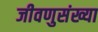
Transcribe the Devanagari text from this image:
जीवणुसंख्या